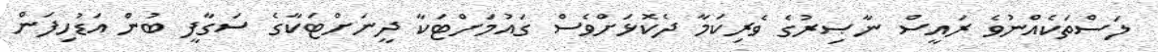
ލަސްތަކެއްނުވެ ރައީސް ނާޞިރުގެ ވެރިކަމާ ދެކޮޅަށްވެސް ގައުމަށްޓަކާ ދީނަށްޓަކާގެ ސަގާފީ ބުން އަޑުހިފަން